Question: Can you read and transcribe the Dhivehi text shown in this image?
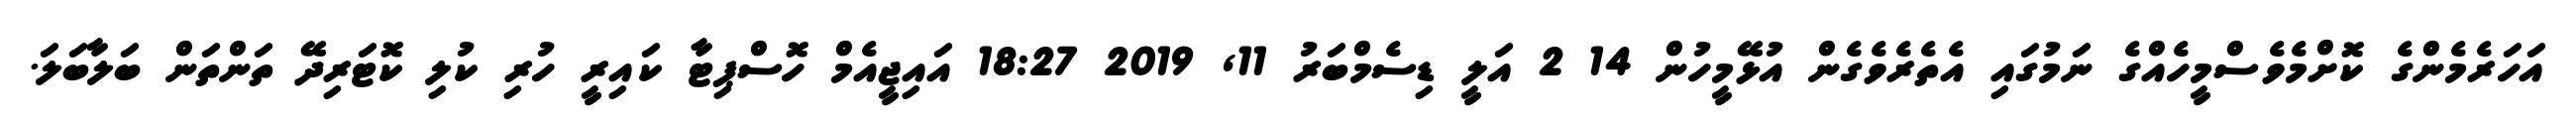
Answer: އަހަރެމެންގެ ކޮށްމެވެސްމީހެއްގެ ނަމުގައި އެތެރެވެގެން އުޅޭމީހުން 14 2 އަލީ ޑިސެމްބަރު 11, 2019 18:27 އައިޖީއެމް ހޮސްޕިޓާ ކައިރީ ހުރި ކުލި ކޮޓަރިދޭ ތަންތަން ބަލާބަލަ.